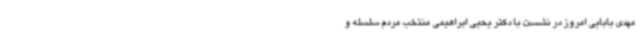
مهدی بابایی امروز در نشست با دکتر یحیی ابراهیمی منتخب مردم سلسله و